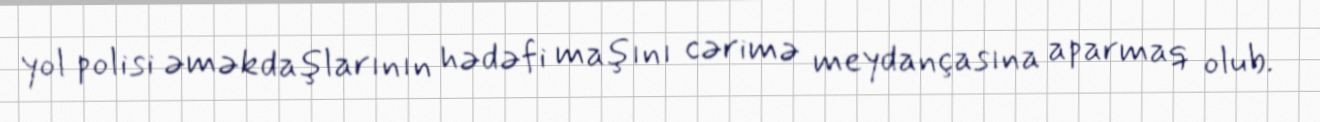
yol polisi əməkdaşlarının hədəfi maşını cərimə meydançasına aparmaq olub.